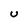
Character: U